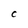
Character: c